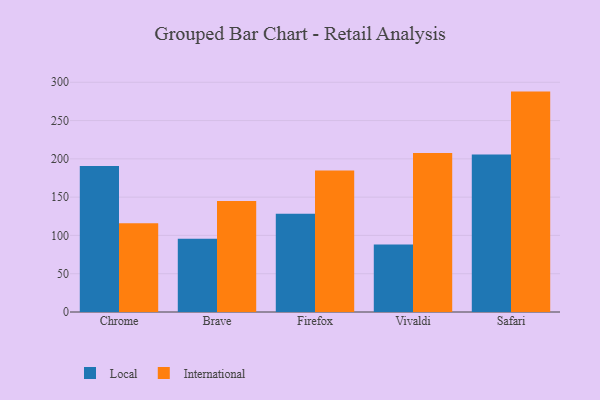
{"axis": {"x": "Browser", "y": "LTV (USD)"}, "legend": ["International", "Local"], "data": [{"x": "Chrome", "y": 190.6, "type": "Local"}, {"x": "Chrome", "y": 116.0, "type": "International"}, {"x": "Brave", "y": 95.7, "type": "Local"}, {"x": "Brave", "y": 144.9, "type": "International"}, {"x": "Firefox", "y": 128.3, "type": "Local"}, {"x": "Firefox", "y": 184.7, "type": "International"}, {"x": "Vivaldi", "y": 88.1, "type": "Local"}, {"x": "Vivaldi", "y": 207.7, "type": "International"}, {"x": "Safari", "y": 205.6, "type": "Local"}, {"x": "Safari", "y": 287.8, "type": "International"}]}